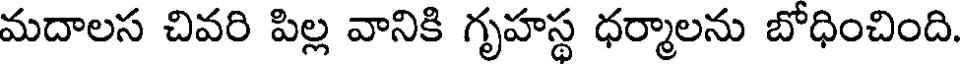
మదాలస చివరి పిల్ల వానికి గృహస్థ ధర్మాలను బోధించింది.